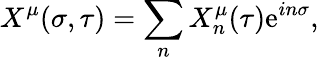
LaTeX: X^{\mu}(\sigma,\tau)=\sum_{n}X_{n}^{\mu}(\tau)\mathrm{e}^{in\sigma},